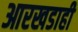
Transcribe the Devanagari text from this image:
आरखडाही